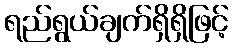
ရည်ရွယ်ချက်ရှိရှိဖြင့်